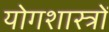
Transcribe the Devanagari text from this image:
योगशास्त्रों